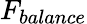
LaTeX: F_{balance}